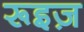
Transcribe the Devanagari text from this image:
रूइज़